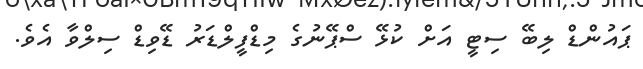
ޕައުންޑް ލިބޭ ސިޓީ އަށް ކުޅޭ ސްޕޭނުގެ މިޑްފީލްޑަރު ޑޭވިޑް ސިލްވާ އެވެ.